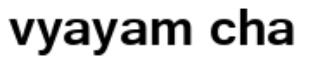
vyayam cha